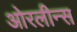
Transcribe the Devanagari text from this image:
ओरलीन्स